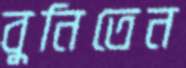
বুনিতেন